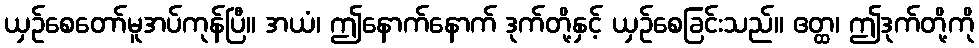
ယှဉ်စေတော်မူအပ်ကုန်ပြီ။ အယံ၊ ဤနောက်နောက် ဒုက်တို့နှင့် ယှဉ်စေခြင်းသည်။ ဧတ္ထ၊ ဤဒုက်တို့ကို